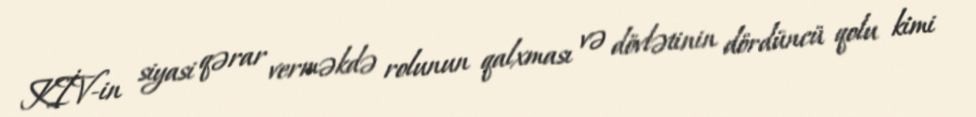
KİV-in siyasi qərar verməkdə rolunun qalxması və dövlətinin dördüncü qolu kimi